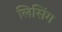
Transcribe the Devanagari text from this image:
लिसिंग